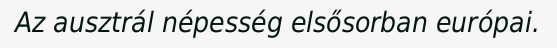
Az ausztrál népesség elsősorban európai.